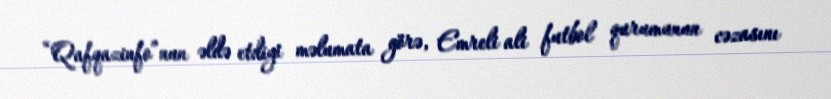
“Qafqazinfo”nun əldə etdiyi məlumata görə, Emreli ali futbol qurumunun cəzasını